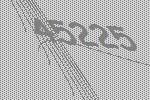
45225